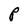
Character: P